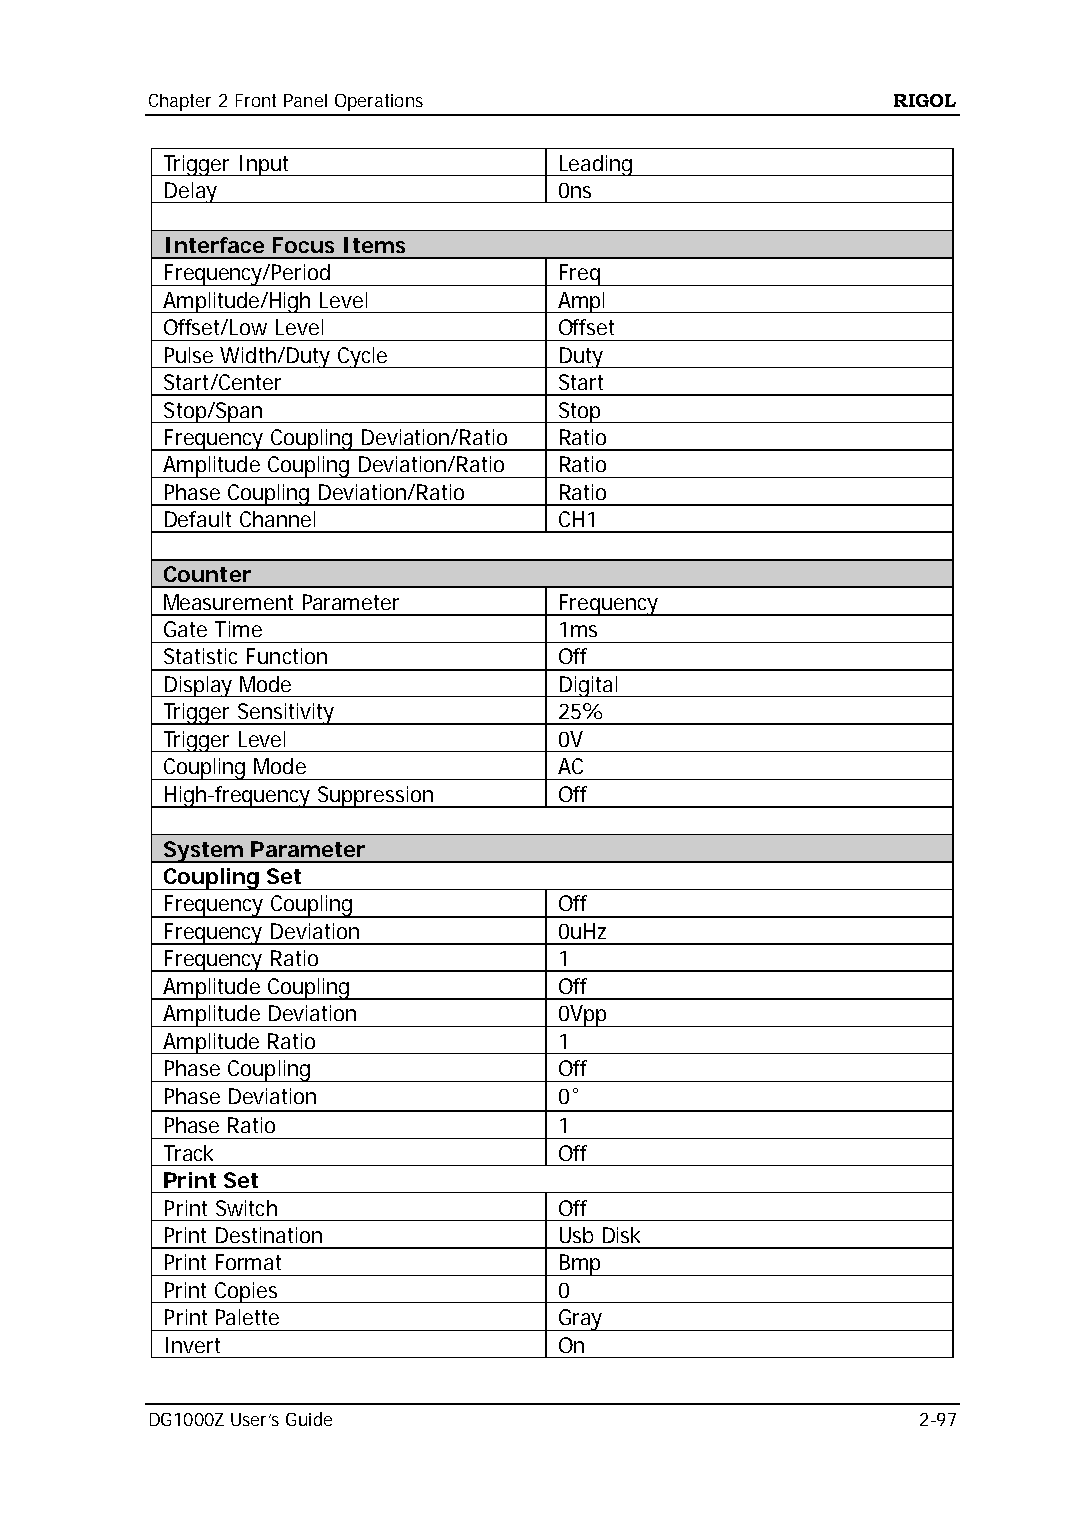
Chapter 2 Front Panel Operations                 RIGOL
 Trigger Input             Leading
 Delay                     0ns
 Interface Focus Items
 Frequency/Period          Freq
 Amplitude/High Level      Ampl
 Offset/Low Level          Offset
 Pulse Width/Duty Cycle    Duty
 Start/Center              Start
 Stop/Span                 Stop
 Frequency Coupling Deviation/Ratio Ratio
 Amplitude Coupling Deviation/Ratio Ratio
 Phase Coupling Deviation/Ratio Ratio
 Default Channel           CH1
 Counter
 Measurement Parameter     Frequency
 Gate Time                 1ms
 Statistic Function        Off
 Display Mode              Digital
 Trigger Sensitivity       25%
 Trigger Level             0V
 Coupling Mode             AC
 High-frequency Suppression Off
 System Parameter
 Coupling Set
 Frequency Coupling        Off
 Frequency Deviation       0uHz
 Frequency Ratio           1
 Amplitude Coupling        Off
 Amplitude Deviation       0Vpp
 Amplitude Ratio           1
 Phase Coupling            Off
 Phase Deviation           0°
 Phase Ratio               1
 Track                     Off
 Print Set
 Print Switch              Off
 Print Destination         Usb Disk
 Print Format              Bmp
 Print Copies              0
 Print Palette             Gray
 Invert                    On
 DG1000Z User’s Guide                               2-97